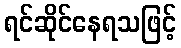
ရင်ဆိုင်နေရသဖြင့်